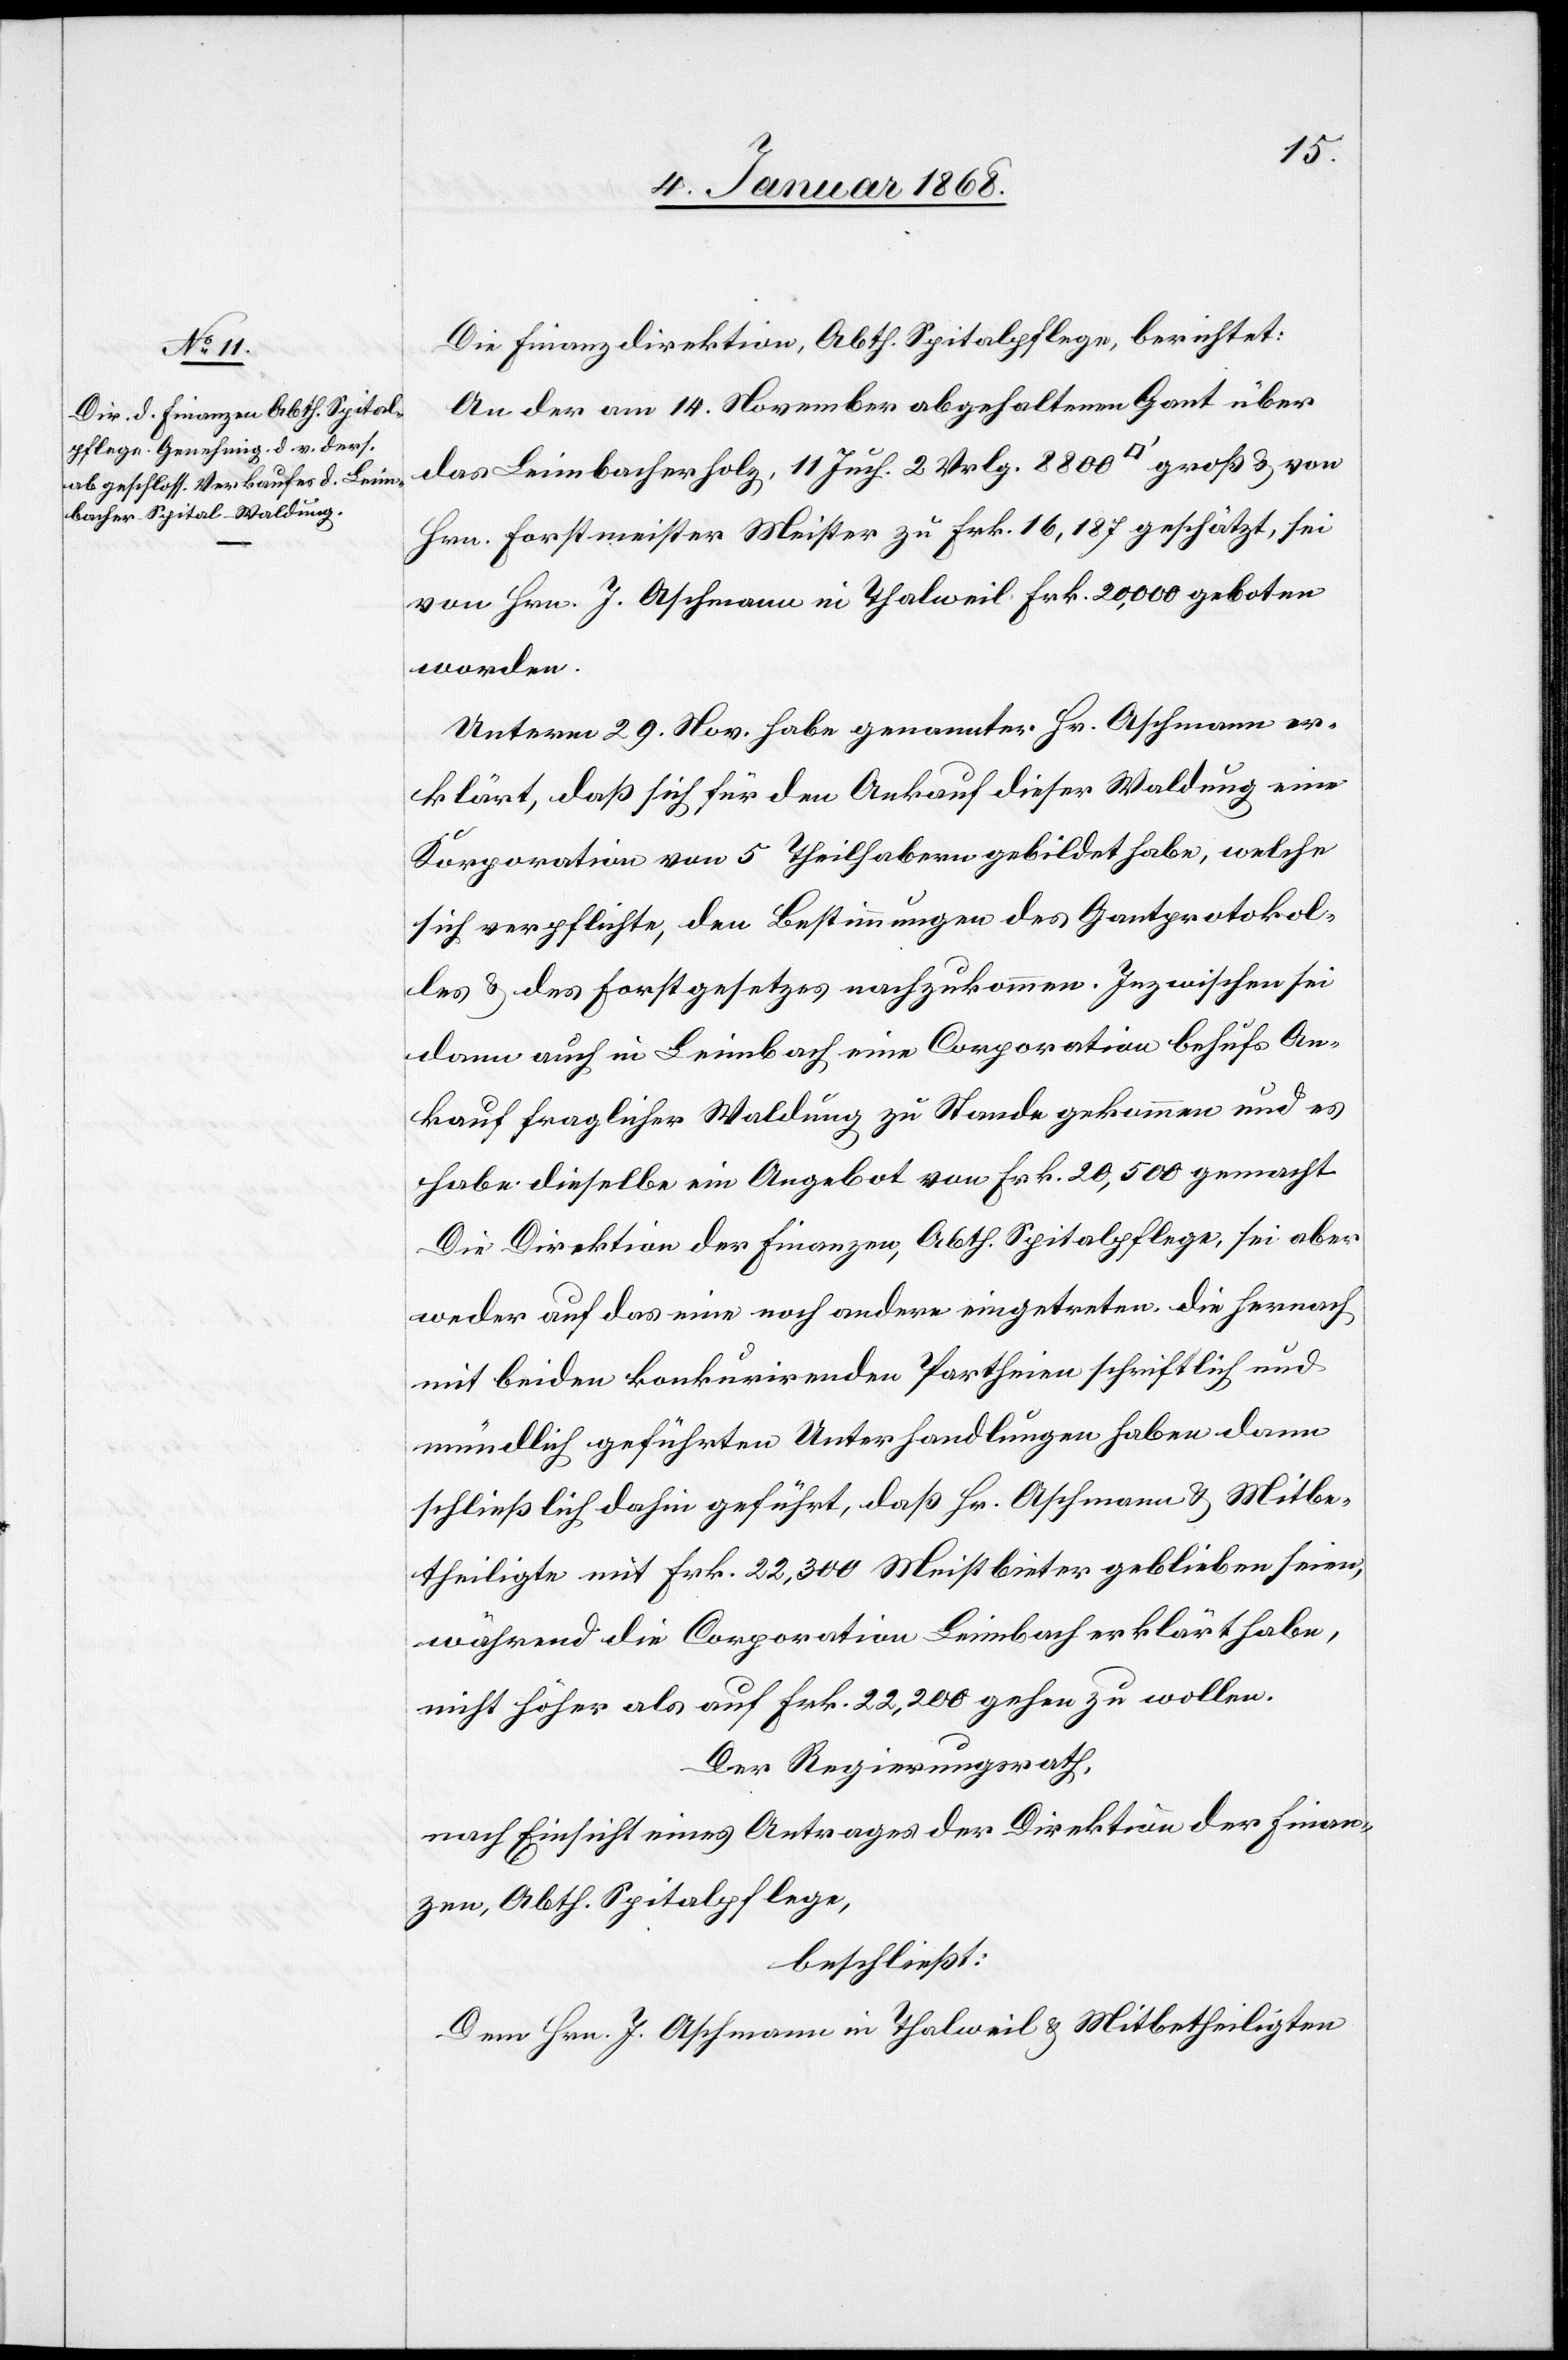
Die Finanzdirektion, Abth. Spitalpflege, berichtet:
An der am 14. November abgehaltenen Gant über
das Leimbacherholz, 11 Juch. 2 Vrlg. 8800 [Quadratfuß] groß
Hrn. Forstmeister Meister zu Frk. 16,187 geschätzt, sei
von Hrn. J. Aschmann in Thalweil Frk. 20,000 geboten
worden.
Unterm 29. Nov. habe genannter Hr. Aschmann er¬
klärt, daß sich für den Ankauf dieser Waldung eine
Korporation von 5 Theilhabern gebildet habe, welche
sich verpflichte, den Bestimmungen des Gantprotokol¬
les & des Forstgesetzes nachzukommen. Inzwischen sei
dann auch in Leimbach eine Corporation behufs An¬
kauf fraglicher Waldung zu Stande gekommen und es
habe dieselbe ein Angebot von Frk. 20,500 gemacht.
Die Direktion der Finanzen, Abth. Spitalpflege, sei aber
weder auf das eine noch andere eingetreten, die hernach
mit beiden konkurirenden Partheien schriftlich und
mündlich geführten Unterhandlungen haben dann
schließlich dahin geführt, daß Hr. Aschmann & Mitbe¬
theiligte mit Frk. 22,300 Meistbieter geblieben seien,
während die Corporation Leimbach erklärt habe,
nicht höher als auf Frk. 22,200 gehen zu wollen.
Der Regierungsrath,
nach Einsicht eines Antrages der Direktion der Finan¬
zen, Abth. Spitalpflege,
beschließt:
Dem Hrn. J. Aschmann in Thalweil & Mitbetheiligten